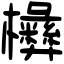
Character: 㰘